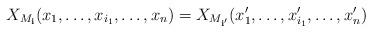
LaTeX: \begin{align*}X_{M_\mathbf i}(x_1, \dots, x_{i_1},\dots, x_n) = X_{M_{\mathbf i'}} (x_1', \dots, x_{i_1}', \dots, x_n')\end{align*}